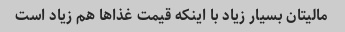
مالیتان بسیار زیاد با اینکه قیمت غذا‌ها هم زیاد است